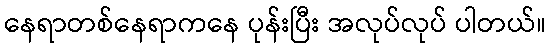
နေရာတစ်နေရာကနေ ပုန်းပြီး အလုပ်လုပ် ပါတယ်။